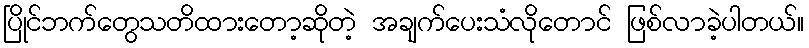
ပြိုင်ဘက်တွေသတိထားတော့ဆိုတဲ့ အချက်ပေးသံလိုတောင် ဖြစ်လာခဲ့ပါတယ်။